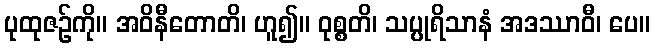
ပုထုဇဉ်ကို။ အဝိနီတောတိ၊ ဟူ၍။ ဝုစ္စတိ၊ သပ္ပုရိသာနံ အဒဿာဝီ၊ ပေ။